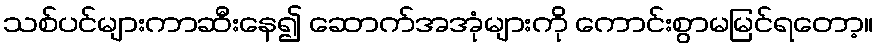
သစ်ပင်များကာဆီးနေ၍ ဆောက်အအုံများကို ကောင်းစွာမမြင်ရတော့။